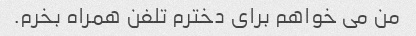
من می خواهم برای دخترم تلفن همراه بخرم.